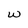
Character: W